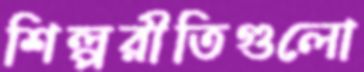
শিল্পরীতিগুলো